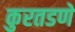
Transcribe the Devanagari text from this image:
कुरतडणे